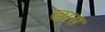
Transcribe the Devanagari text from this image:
खरस